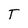
Character: T